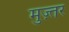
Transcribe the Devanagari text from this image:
मुज़्तर